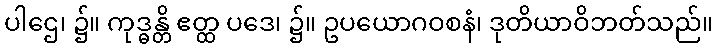
ပါဌေ၊ ၌။ ကုဒ္ဓန္တိ ဧတ္ထ ပဒေ၊ ၌။ ဥပယောဂဝစနံ၊ ဒုတိယာဝိဘတ်သည်။